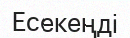
Есекеңді